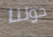
حولنا